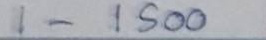
1 - 1500